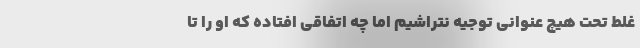
غلط تحت هیچ عنوانی توجیه نتراشیم اما چه اتفاقی افتاده که او را تا